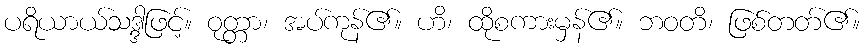
ပရိယာယ်သဒ္ဒါဖြင့်။ ဝုတ္တာ၊ အပ်ကုန်၏။ ဟိ၊ ထိုစကားမှန်၏။ ဘဝတိ၊ ဖြစ်တတ်၏။